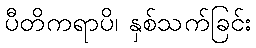
ပီတိကရာပိ၊ နှစ်သက်ခြင်း